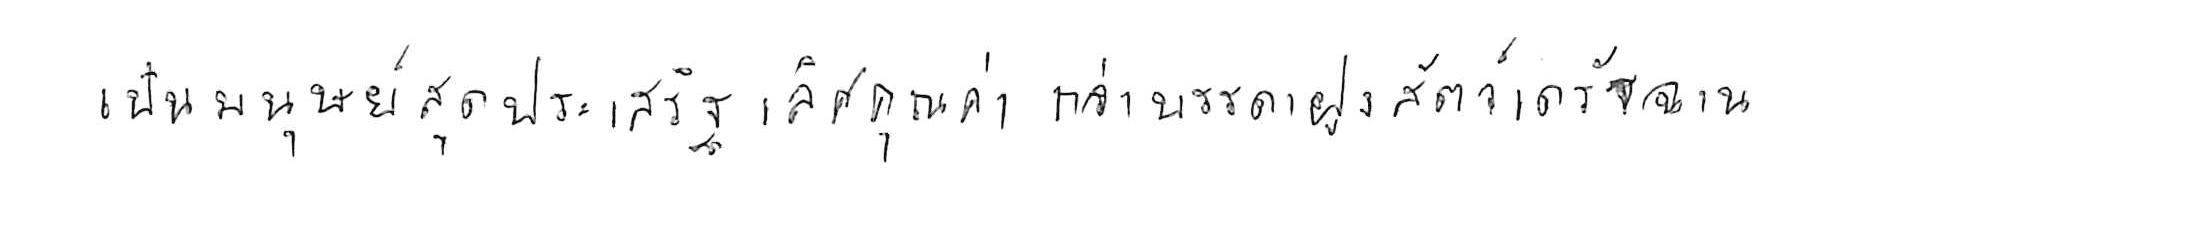
เป็นมนุษย์สุดประเสริฐเลิศคุณค่า กว่าบรรดาฝูงสัตว์เดรัจฉาน